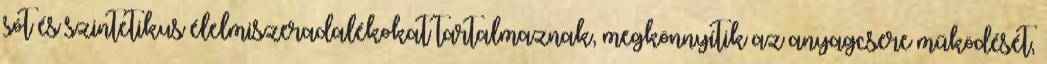
sót és szintetikus élelmiszeradalékokat tartalmaznak, megkönnyítik az anyagcsere működését,